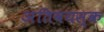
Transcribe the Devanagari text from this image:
अतिवयस्क